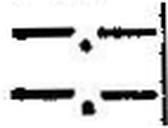
—.—